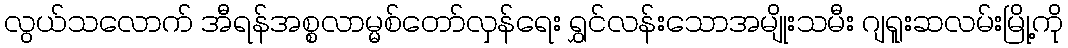
လွယ်သလောက် အီရန်အစ္စလာမ္မစ်တော်လှန်ရေး ရွှင်လန်းသောအမျိုးသမီး ဂျရူးဆလမ်းမြို့ကို